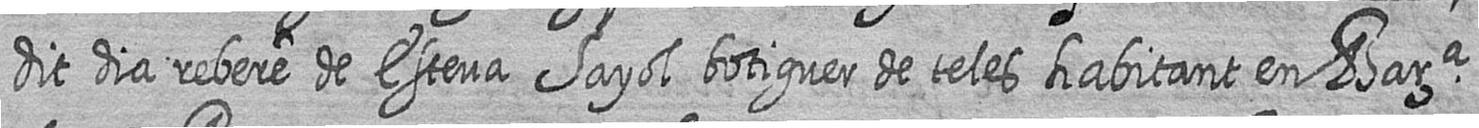
dit dia rebere de Esteva Sayol botiguer de teles habitant en Bara